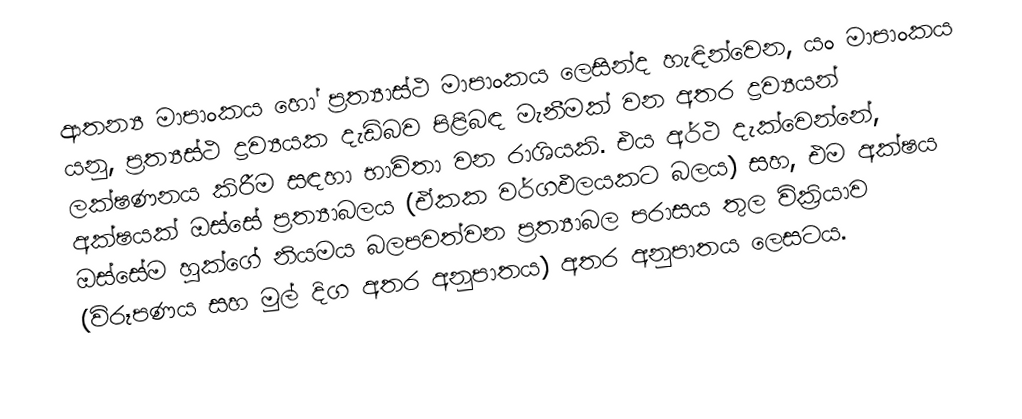
ආතන්‍ය මාපාංකය හෝ  ප්‍රත්‍යාස්ථ මාපාංකය ලෙසින්ද හැඳින්වෙන, යං මාපාංකය යනු, ප්‍රත්‍යස්ථ ද්‍රව්‍යයක දැඩිබව පිළිබඳ මැනීමක් වන අතර ද්‍රව්‍යයන් ලක්ෂණනය කිරීම සඳහා භාවිතා වන රාශියකි. එය අර්ථ දැක්වෙන්නේ,  අක්ෂයක් ඔස්සේ  ප්‍රත්‍යාබලය (ඒකක වර්ගඵලයකට බලය)  සහ,  එම අක්ෂය ඔස්සේම හුක්ගේ නියමය බලපවත්වන ප්‍රත්‍යාබල පරාසය තුල වික්‍රියාව (විරූපණය සහ මුල් දිග අතර අනුපාතය) අතර අනුපාතය ලෙසටය.